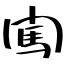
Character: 闖